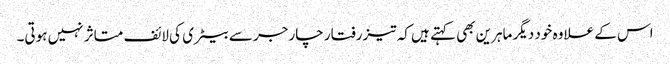
اس کے علاوہ خود دیگر ماہرین بھی کہتے ہیں کہ تیزرفتار چارجر سے بیٹری کی لائف متاثر نہیں ہوتی۔